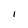
Character: I